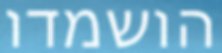
הושמדו